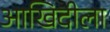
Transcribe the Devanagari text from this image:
आखिदीला